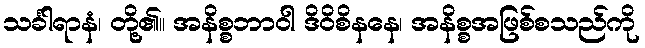
သင်္ခါရာနံ၊ တို့၏။ အနိစ္စဘာဝါ ဒိဝိစိနနေ၊ အနိစ္စအဖြစ်စသည်ကို